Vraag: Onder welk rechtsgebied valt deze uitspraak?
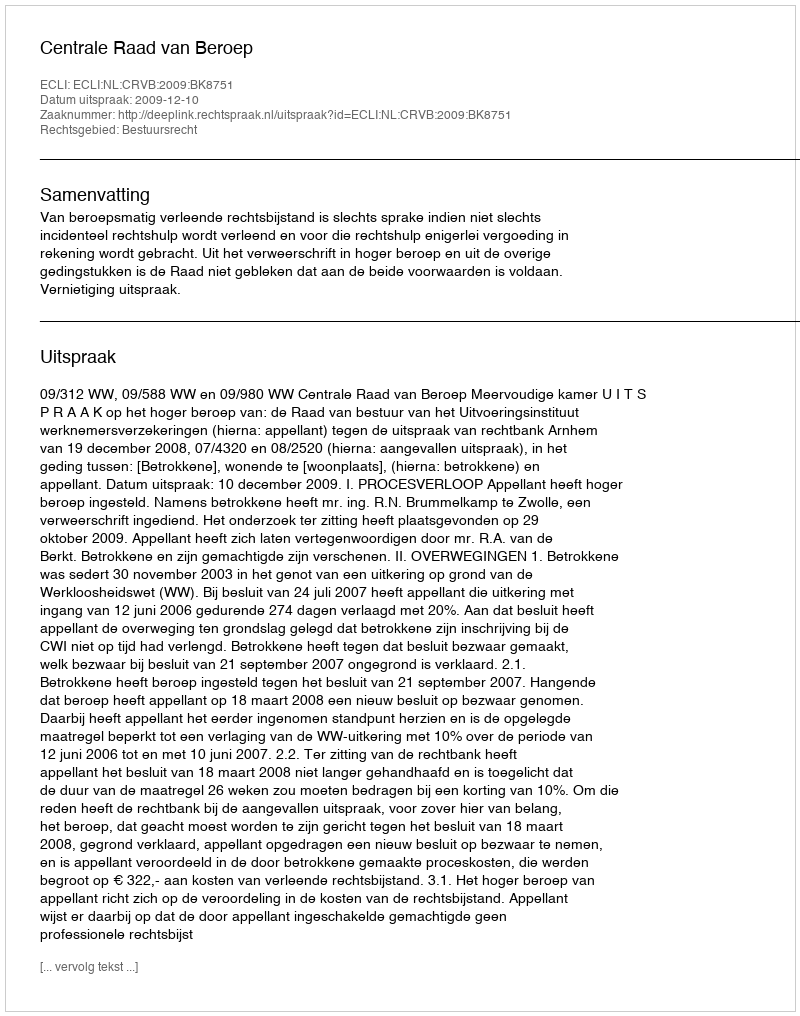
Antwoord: Bestuursrecht